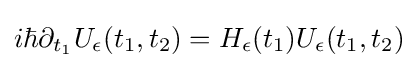
i\hbar \partial _{t_{1}}U_{\epsilon }(t_{1},t_{2})=H_{\epsilon }(t_{1})U_{\epsilon }(t_{1},t_{2})